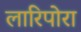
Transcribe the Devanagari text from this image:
लारिपोरा